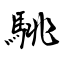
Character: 駣